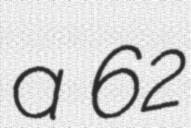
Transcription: a 62